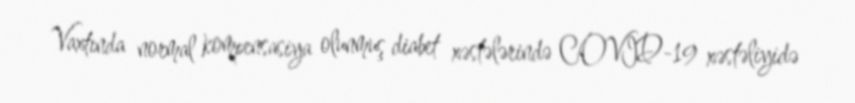
Vaxtında normal kompensasiya olunmuş diabet xəstələrində COVID-19 xəstəliyidə